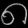
Digit: ၈